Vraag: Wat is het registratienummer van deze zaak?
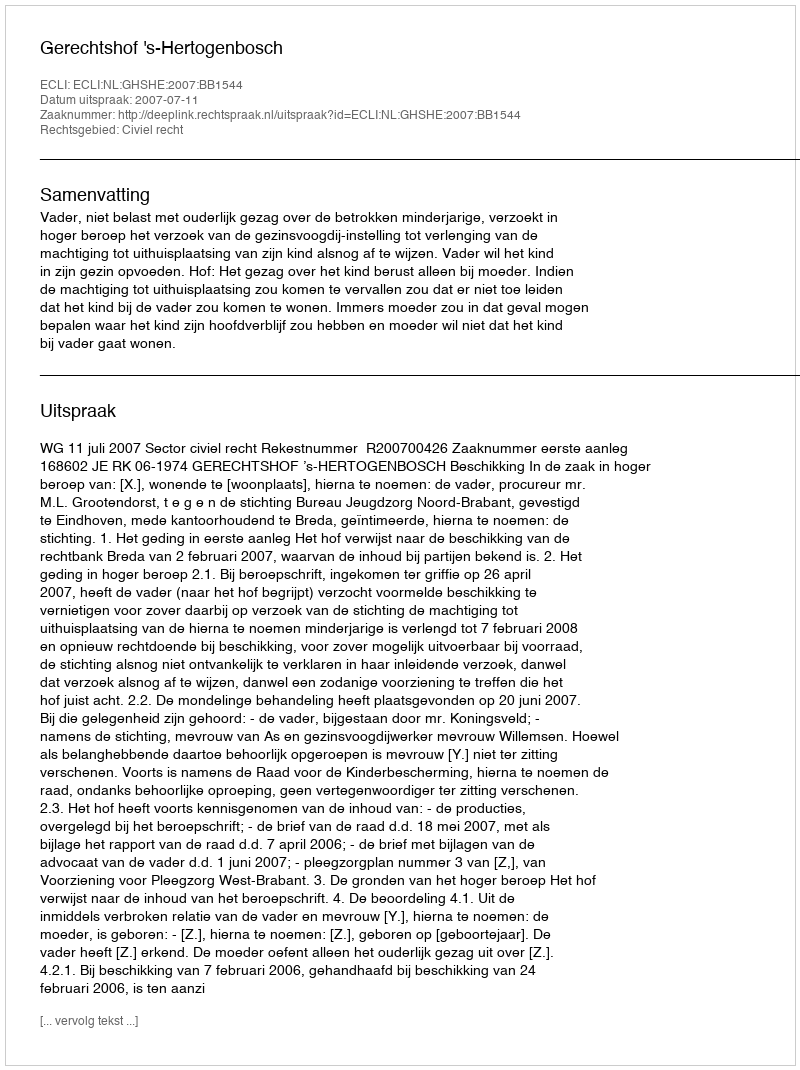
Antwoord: http://deeplink.rechtspraak.nl/uitspraak?id=ECLI:NL:GHSHE:2007:BB1544